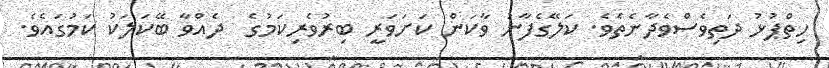
ހިތްޕުޅު ދަތިވެސްވެދާނެތެވެ. ކަލޭގެފާނު ވާކަން ކަށަވަރީ ބިރުވެރިކަމުގެ  ދެއްވާ ބޭކަލަކު ކަމުގައެވެ.